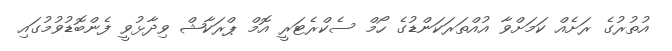
އުތުރުގެ ރަށެއް ކަމަށްވާ އުއްތަރަކަންޑުގެ ހޯމް ސެކްރެޓަރީ އޮމް ޕްރަކާޝް ވިދާޅުވީ ފެންބޮޑުވުމުގައި